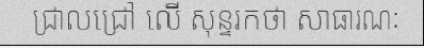
ជ្រាលជ្រៅ លើ សុន្ទរកថា សាធារណៈ